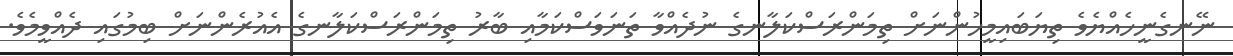
ނޭނގެނީހެއްޔެވެ ތިޔަބައިމީހުންނަށް ތިމަންރަސްކަލާނގެ ނުދެއްވާ ތަނަވަސްކަމާއި ބާރު ތިމަންރަސްކަލާނގެ އެއުރެންނަށް ބިމުގައި ދެއްވީމެވެ.